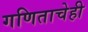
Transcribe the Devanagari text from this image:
गणिताचेही